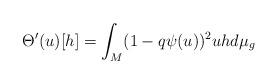
LaTeX: \begin{align*}\Theta'(u)[h]=\int_{M}(1-q\psi(u))^{2}uhd\mu_{g}\end{align*}